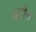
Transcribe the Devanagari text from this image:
छ्तीस